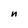
Character: n